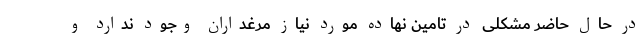
در حال حاضر مشکلی در تامین نهاده مورد نیاز مرغداران وجود ندارد و